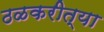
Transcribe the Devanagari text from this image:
ठळकरीत्या